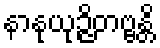
နာနုယုဉ္ဇိတဗ္ဗန္တိ